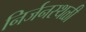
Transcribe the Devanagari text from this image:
निर्जनस्थळी